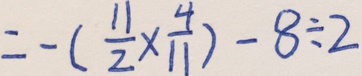
= - ( \frac { 1 1 } { 2 } \times \frac { 4 } { 1 1 } ) - 8 \div 2